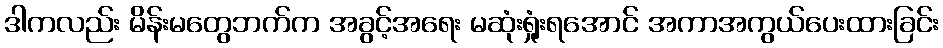
ဒါကလည်း မိန်းမတွေဘက်က အခွင့်အရေး မဆုံးရှုံးရအောင် အကာအကွယ်ပေးထားခြင်း